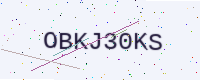
Text: OBKJ30KS